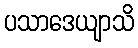
ပသာဒေယျာသိ